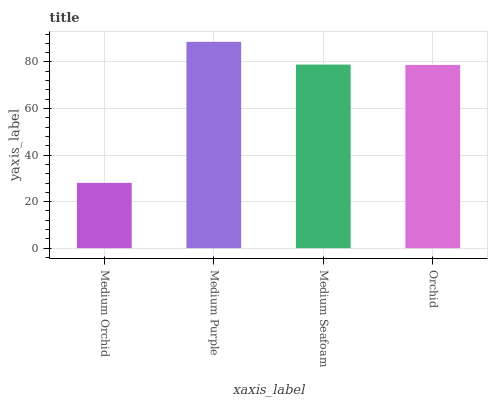
| xaxis_label | bars |
 | --- | --- |
 | Medium Orchid | 28 |
 | Medium Purple | 88.6 |
 | Medium Seafoam | 78.9 |
 | Orchid | 78.7 |